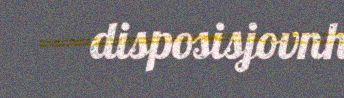
disposisjovnh